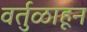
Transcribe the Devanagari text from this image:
वर्तुळाहून